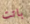
باتت